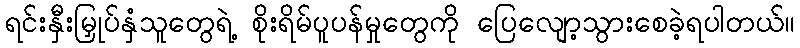
ရင်းနှီးမြှုပ်နှံသူတွေရဲ့ စိုးရိမ်ပူပန်မှုတွေကို ပြေလျော့သွားစေခဲ့ရပါတယ်။